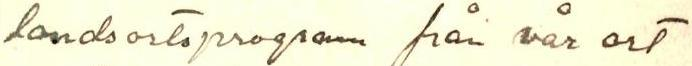
lands artsprogram från vår art